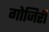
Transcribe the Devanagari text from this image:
गोजिरी